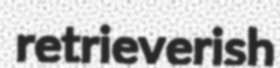
retrieverish